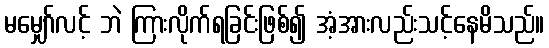
မမျှော်လင့် ဘဲ ကြားလိုက်ရခြင်းဖြစ်၍ အံ့အားလည်းသင့်နေမိသည်။